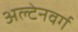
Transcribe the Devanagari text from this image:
अल्टेनवर्ग